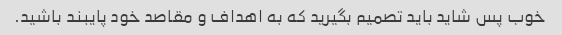
خوب پس شاید باید تصمیم بگیرید که به اهداف و مقاصد خود پایبند باشید.